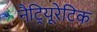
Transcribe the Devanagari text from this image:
नैट्रियूरेटिक